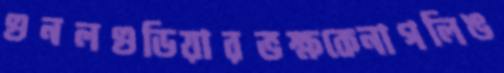
গুনলগুডিয়ারভক্ষকেনাগলিঙ